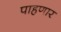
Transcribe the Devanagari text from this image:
पाहणार